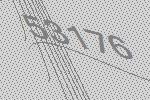
53176